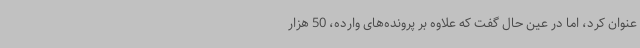
عنوان کرد، اما در عین حال گفت که علاوه بر پرونده‌های وارده، 50 هزار